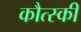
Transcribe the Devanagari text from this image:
कौत्स्की